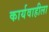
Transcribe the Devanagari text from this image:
कार्यवाहीला